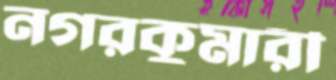
নগরকুমারী